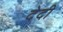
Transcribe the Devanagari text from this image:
देदी